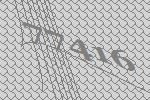
77416